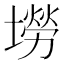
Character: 𡑍